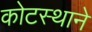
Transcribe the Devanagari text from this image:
कोटस्थाने